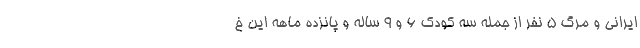
ایرانی و مرگ ۵ نفر از جمله سه کودک ۶ و ۹ ساله و پانزده ماهه این خ